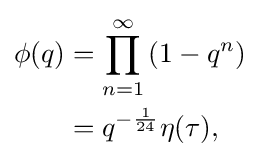
{\begin{aligned}\phi (q)&=\prod _{n=1}^{\infty }\left(1-q^{n}\right)\\&=q^{-{\frac {1}{24}}}\eta (\tau ),\end{aligned}}